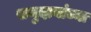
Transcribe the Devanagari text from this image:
समुदायांच्या